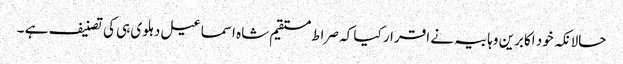
حالانکہ خود اکابرین وہابیہ نے اقرار کیا کہ صراط مستقیم شاہ اسماعیل دہلوی ہی کی تصنیف ہے ۔